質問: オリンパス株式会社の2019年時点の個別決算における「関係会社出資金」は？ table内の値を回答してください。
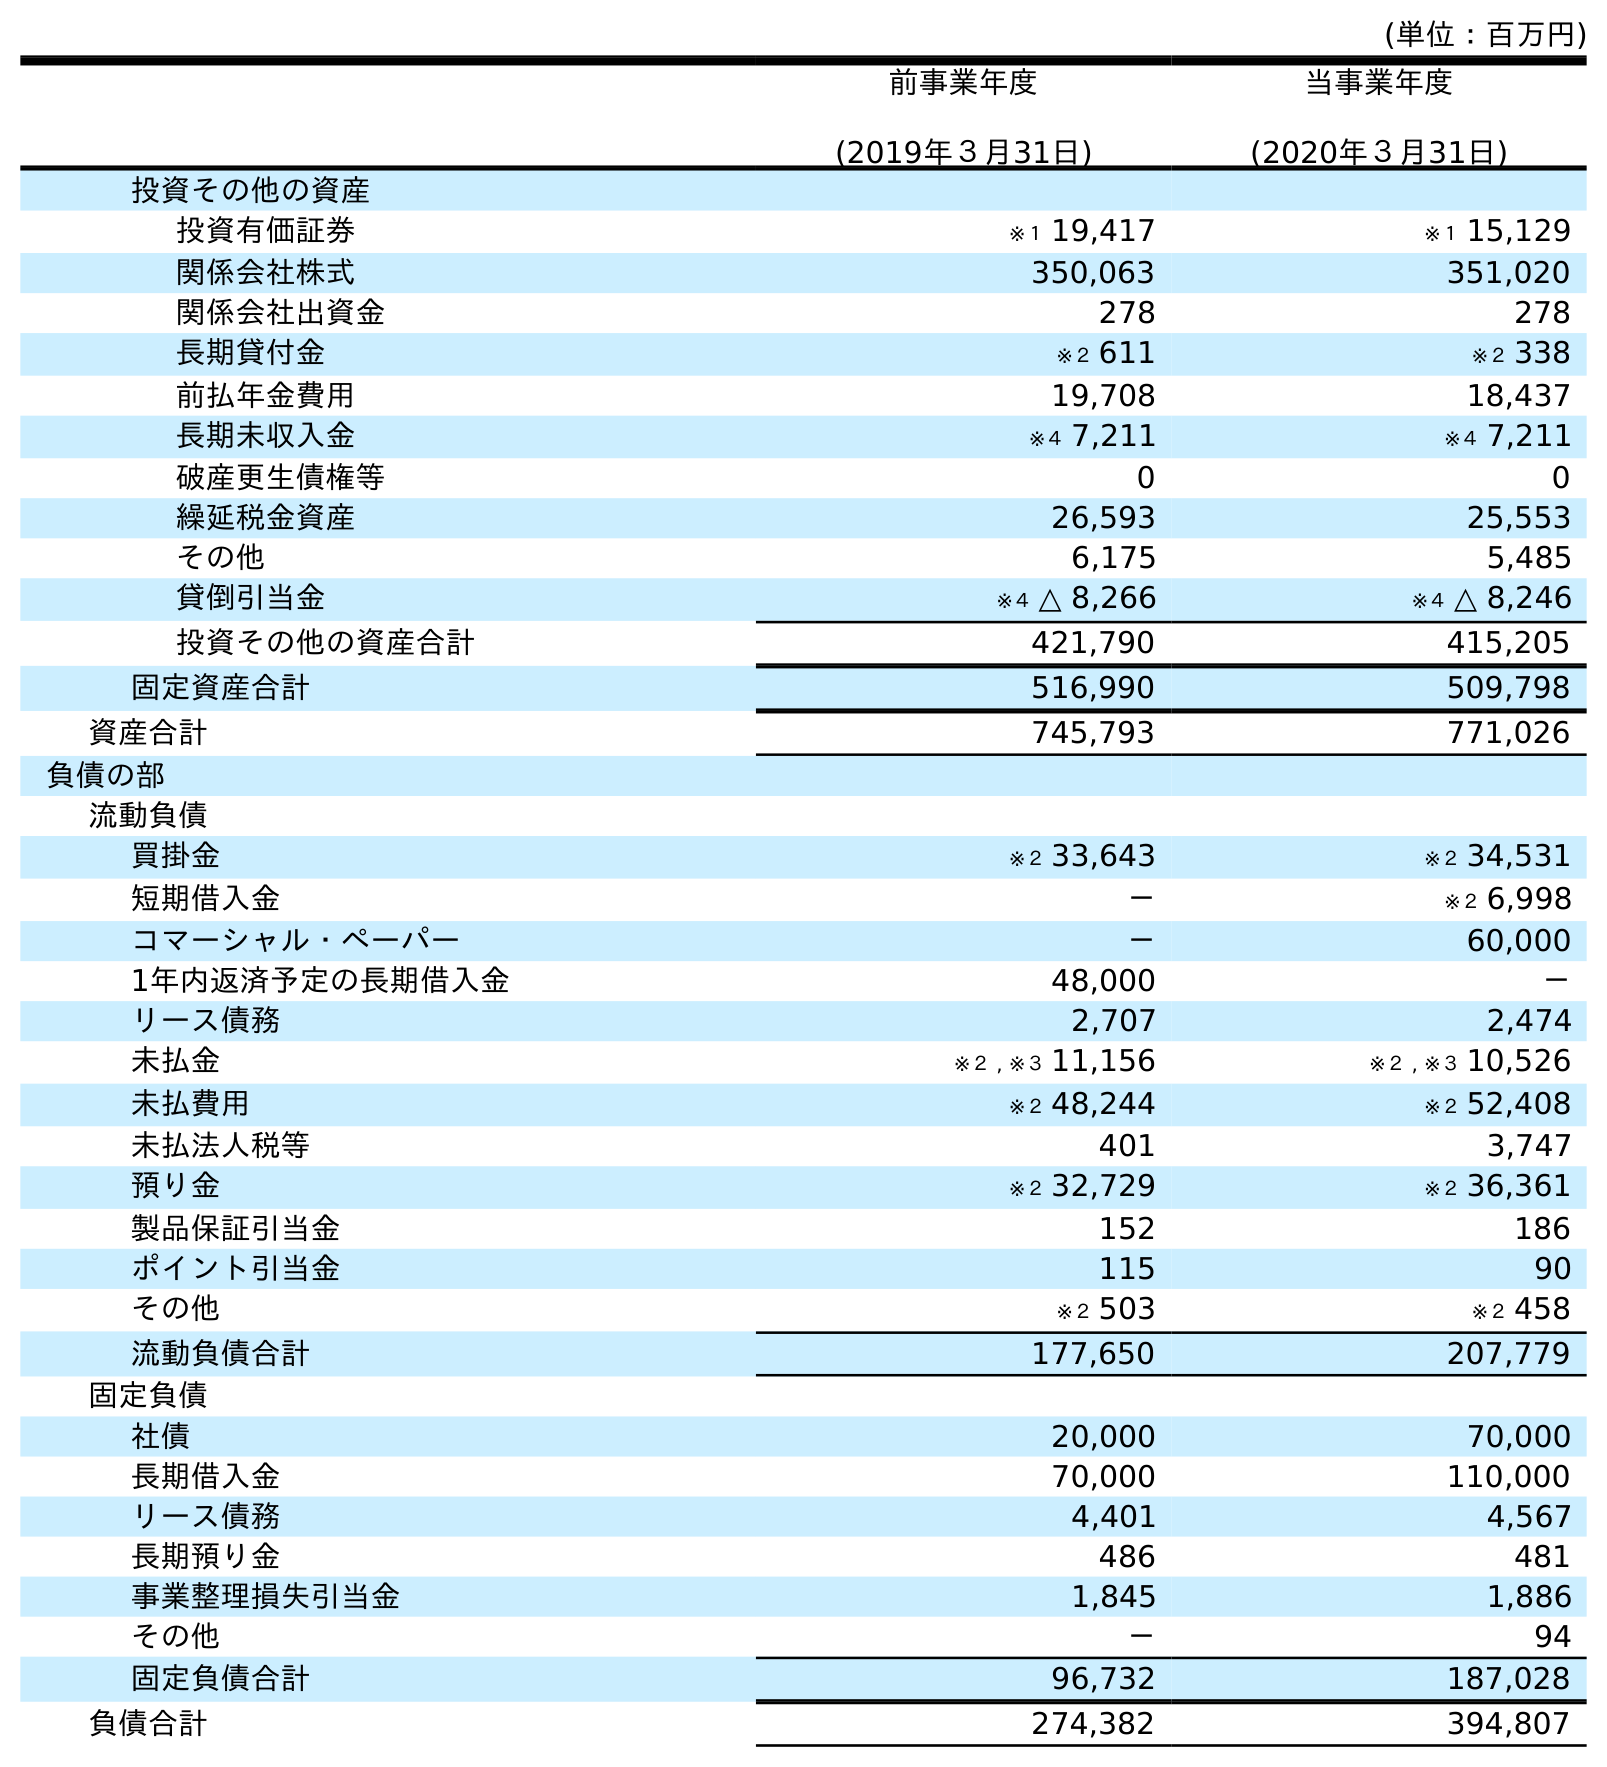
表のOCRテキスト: (単位：百万円) 前事業年度 (2019年３月31日) 当事業年度 (2020年３月31日) 投資その他の資産 投資有価証券 ※１ 19,417 ※１ 15,129 関係会社株式 350,063 351,020 関係会社出資金 278 278 長期貸付金 ※２ 611 ※２ 338 前払年金費用 19,708 18,437 長期未収入金 ※４ 7,211 ※４ 7,211 破産更生債権等 0 0 繰延税金資産 26,593 25,553 その他 6,175 5,485 貸倒引当金 ※４ △ 8,266 ※４ △ 8,246 投資その他の資産合計 421,790 415,205 固定資産合計 516,990 509,798 資産合計 745,793 771,026 負債の部 流動負債 買掛金 ※２ 33,643 ※２ 34,531 短期借入金 － ※２ 6,998 コマーシャル・ペーパー － 60,000 1年内返済予定の長期借入金 48,000 － リース債務 2,707 2,474 未払金 ※２ , ※３ 11,156 ※２ , ※３ 10,526 未払費用 ※２ 48,244 ※２ 52,408 未払法人税等 401 3,747 預り金 ※２ 32,729 ※２ 36,361 製品保証引当金 152 186 ポイント引当金 115 90 その他 ※２ 503 ※２ 458 流動負債合計 177,650 207,779 固定負債 社債 20,000 70,000 長期借入金 70,000 110,000 リース債務 4,401 4,567 長期預り金 486 481 事業整理損失引当金 1,845 1,886 その他 － 94 固定負債合計 96,732 187,028 負債合計 274,382 394,807
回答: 278